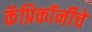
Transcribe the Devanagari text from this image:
कॅप्रिकॉर्नीचे